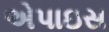
એપાઇસ